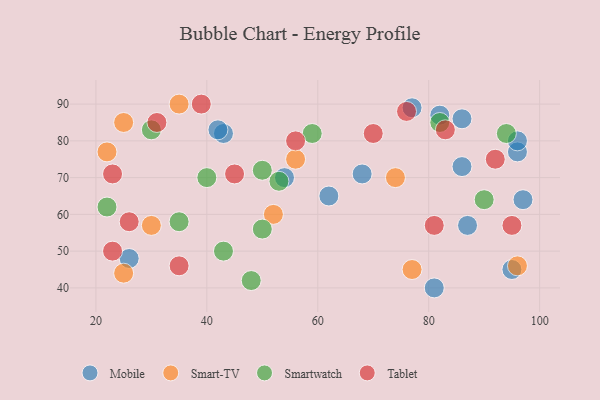
{"axis": {"x": "GDP", "y": "Life Expectancy"}, "legend": ["Mobile", "Smart-TV", "Smartwatch", "Tablet"], "data": [{"x": "86", "y": 73, "type": "Mobile"}, {"x": "81", "y": 40, "type": "Mobile"}, {"x": "96", "y": 77, "type": "Mobile"}, {"x": "95", "y": 45, "type": "Mobile"}, {"x": "82", "y": 87, "type": "Mobile"}, {"x": "54", "y": 70, "type": "Mobile"}, {"x": "96", "y": 80, "type": "Mobile"}, {"x": "43", "y": 82, "type": "Mobile"}, {"x": "62", "y": 65, "type": "Mobile"}, {"x": "97", "y": 64, "type": "Mobile"}, {"x": "86", "y": 86, "type": "Mobile"}, {"x": "77", "y": 89, "type": "Mobile"}, {"x": "42", "y": 83, "type": "Mobile"}, {"x": "68", "y": 71, "type": "Mobile"}, {"x": "26", "y": 48, "type": "Mobile"}, {"x": "87", "y": 57, "type": "Mobile"}, {"x": "25", "y": 44, "type": "Smart-TV"}, {"x": "96", "y": 46, "type": "Smart-TV"}, {"x": "30", "y": 57, "type": "Smart-TV"}, {"x": "74", "y": 70, "type": "Smart-TV"}, {"x": "35", "y": 90, "type": "Smart-TV"}, {"x": "22", "y": 77, "type": "Smart-TV"}, {"x": "25", "y": 85, "type": "Smart-TV"}, {"x": "77", "y": 45, "type": "Smart-TV"}, {"x": "52", "y": 60, "type": "Smart-TV"}, {"x": "56", "y": 75, "type": "Smart-TV"}, {"x": "43", "y": 50, "type": "Smartwatch"}, {"x": "40", "y": 70, "type": "Smartwatch"}, {"x": "94", "y": 82, "type": "Smartwatch"}, {"x": "50", "y": 72, "type": "Smartwatch"}, {"x": "90", "y": 64, "type": "Smartwatch"}, {"x": "82", "y": 85, "type": "Smartwatch"}, {"x": "59", "y": 82, "type": "Smartwatch"}, {"x": "35", "y": 58, "type": "Smartwatch"}, {"x": "53", "y": 69, "type": "Smartwatch"}, {"x": "48", "y": 42, "type": "Smartwatch"}, {"x": "22", "y": 62, "type": "Smartwatch"}, {"x": "30", "y": 83, "type": "Smartwatch"}, {"x": "50", "y": 56, "type": "Smartwatch"}, {"x": "39", "y": 90, "type": "Tablet"}, {"x": "56", "y": 80, "type": "Tablet"}, {"x": "23", "y": 50, "type": "Tablet"}, {"x": "83", "y": 83, "type": "Tablet"}, {"x": "31", "y": 85, "type": "Tablet"}, {"x": "35", "y": 46, "type": "Tablet"}, {"x": "23", "y": 71, "type": "Tablet"}, {"x": "45", "y": 71, "type": "Tablet"}, {"x": "76", "y": 88, "type": "Tablet"}, {"x": "26", "y": 58, "type": "Tablet"}, {"x": "81", "y": 57, "type": "Tablet"}, {"x": "70", "y": 82, "type": "Tablet"}, {"x": "95", "y": 57, "type": "Tablet"}, {"x": "92", "y": 75, "type": "Tablet"}]}